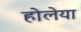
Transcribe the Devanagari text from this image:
होलेया